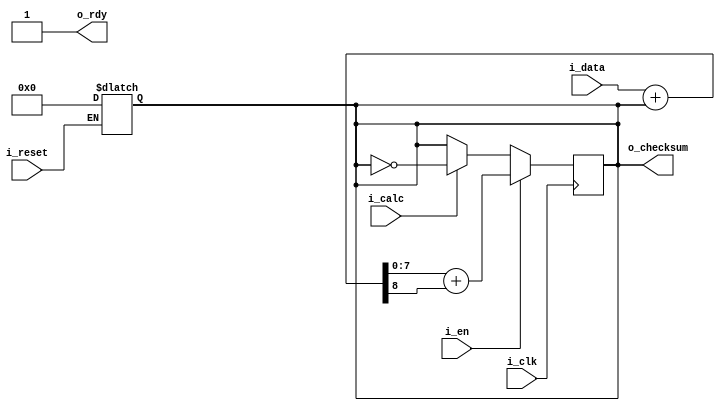
/*
MIT License

Copyright (c) 2021 Ashwin-Rajesh

Permission is hereby granted, free of charge, to any person obtaining a copy
of this software and associated documentation files (the "Software"), to deal
in the Software without restriction, including without limitation the rights
to use, copy, modify, merge, publish, distribute, sublicense, and/or sell
copies of the Software, and to permit persons to whom the Software is
furnished to do so, subject to the following conditions:

The above copyright notice and this permission notice shall be included in all
copies or substantial portions of the Software.

THE SOFTWARE IS PROVIDED "AS IS", WITHOUT WARRANTY OF ANY KIND, EXPRESS OR
IMPLIED, INCLUDING BUT NOT LIMITED TO THE WARRANTIES OF MERCHANTABILITY,
FITNESS FOR A PARTICULAR PURPOSE AND NONINFRINGEMENT. IN NO EVENT SHALL THE
AUTHORS OR COPYRIGHT HOLDERS BE LIABLE FOR ANY CLAIM, DAMAGES OR OTHER
LIABILITY, WHETHER IN AN ACTION OF CONTRACT, TORT OR OTHERWISE, ARISING FROM,
OUT OF OR IN CONNECTION WITH THE SOFTWARE OR THE USE OR OTHER DEALINGS IN THE
SOFTWARE.
*/

module checksum_core #(
    parameter p_WORD_LEN    = 8,
    parameter p_TWOS_COMPL  = 0      // 1 for two's complement, 0 for one's complement
) (
    input   i_clk,
    input   i_reset,

    input[p_WORD_LEN-1:0] 
            i_data,
    input   i_en,

    input   i_calc,

    output reg [p_WORD_LEN-1:0]
            o_checksum,
    output  o_rdy
);

    // States : 0 - Getting input, 1 - Calculating and generating output
    reg     r_state     = 0;

    // Is output ready?
    assign o_rdy = (r_state == 0);

    // Result of addition
    wire    w_c;
    wire[p_WORD_LEN-1:0]    
            w_add_result;
    assign {w_c, w_add_result} = i_data + o_checksum;

    // Asnchronous reset
    always @(i_reset)
        if(i_reset) begin
            r_state     <= 0;
            o_checksum  <= 0;
        end

    // Generate seprate logic based on p_TWOS_COMPL
    generate
    if(p_TWOS_COMPL) begin
        always @(posedge i_clk) begin
            if(!r_state) begin
                if(i_en) begin
                    // Two's complement addition
                    o_checksum  <= w_add_result;
                end
                else if(i_calc) begin
                    // Output two's complement of result
                    o_checksum  <= (~o_checksum) + 1;

                    r_state     <= 1;
                end
            end    
        end
    end else begin
        always @(posedge i_clk) begin
            if(!r_state) begin
                if(i_en) begin
                    // One's complement addition
                    o_checksum  <= w_add_result + w_c;
                end
                else if(i_calc) begin
                    // Output one's complement of result
                    o_checksum  <= ~o_checksum;

                    r_state     <= 1;
                end
            end    
        end
    end
    endgenerate

endmodule